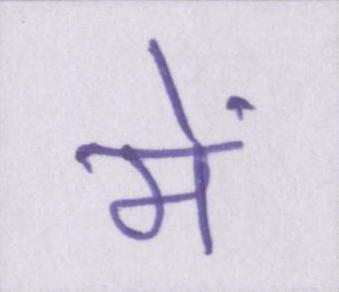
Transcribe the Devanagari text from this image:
में